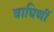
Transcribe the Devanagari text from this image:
वाघिणीं